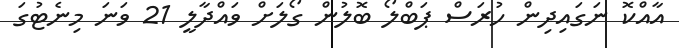
އާއްކޮ ނަގައިދިން ހުރަސް ޕަބްލޯ ބޮލުން ގޯލަށް ވައްދާލީ 21 ވަނަ މިނެޓުގަ